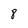
Character: 8